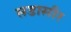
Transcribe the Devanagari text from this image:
सडासीर